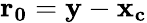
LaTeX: \mathbf{r_{0}}=\mathbf{y}-\mathbf{x_{c}}